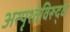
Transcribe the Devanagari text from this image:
अस्पृश्तेविरूद्ध